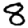
Digit: 8